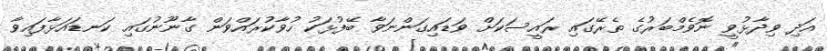
އަދި ވިދާޅުވީ ނޮވެމްބަރުގެ ތެރޭގައި ރައީސަކަށް ވަޑައިގަންނަވާ ބޭފުޅަކު ހުވާކުރައްވަން ގާނޫނުގައި ކަނޑައަޅާފައިވާ